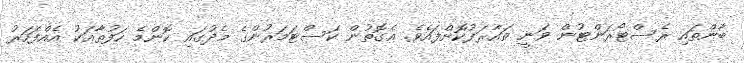
ބާންތައި ރެސްޓޯރަންޓުން ވަނީ ތައާރަފުކޮށްފައެވެ. އެގޮތުން ކަސްޓަމަރުންގެ މެދުގައި ކޮންމެ ހަފުތާއަކު އެއްފަހަރު